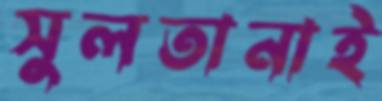
সুলতানাই